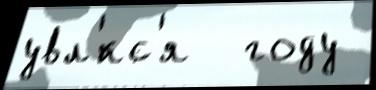
увл'́кс'я  году